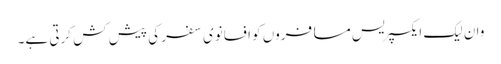
وان لیک ایکسپریس مسافروں کو افسانوی سفر کی پیش کش کرتی ہے۔